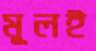
মূলই